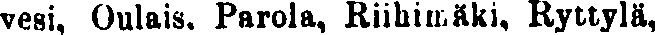
vesi, Oulais. Parola, Riihimäki, Ryttylä,